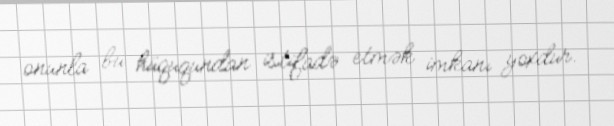
onunla bu hüququndan istifadə etmək imkanı yoxdur.